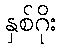
နှစ်ဂိုး